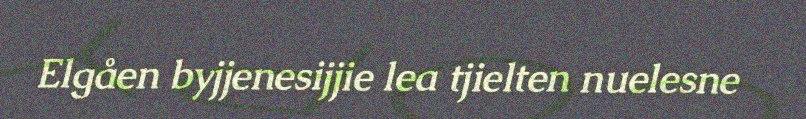
Elgåen byjjenesijjie lea tjielten nuelesne